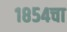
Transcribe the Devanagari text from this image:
१८५४चा